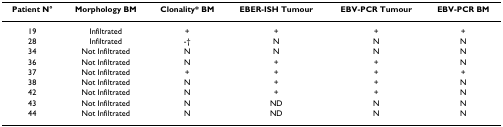
<table><thead><tr><td><b>Patient N°</b></td><td><b>Morphology BM</b></td><td><b>Clonality* BM</b></td><td><b>EBER-ISH Tumour</b></td><td><b>EBV-PCR Tumour</b></td><td><b>EBV-PCR BM</b></td></tr></thead><tbody><tr><td>19</td><td>Infiltrated</td><td>+</td><td>+</td><td>+</td><td>+</td></tr><tr><td>28</td><td>Infiltrated</td><td>-†</td><td>N</td><td>N</td><td>N</td></tr><tr><td>34</td><td>Not Infiltrated</td><td>N</td><td>N</td><td>N</td><td>N</td></tr><tr><td>36</td><td>Not Infiltrated</td><td>N</td><td>+</td><td>+</td><td>N</td></tr><tr><td>37</td><td>Not Infiltrated</td><td>+</td><td>+</td><td>+</td><td>+</td></tr><tr><td>38</td><td>Not Infiltrated</td><td>N</td><td>+</td><td>+</td><td>N</td></tr><tr><td>42</td><td>Not Infiltrated</td><td>N</td><td>+</td><td>+</td><td>N</td></tr><tr><td>43</td><td>Not Infiltrated</td><td>N</td><td>ND</td><td>N</td><td>N</td></tr><tr><td>44</td><td>Not Infiltrated</td><td>N</td><td>ND</td><td>N</td><td>N</td></tr></tbody></table>